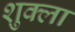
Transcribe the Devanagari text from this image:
श़ुक्ला